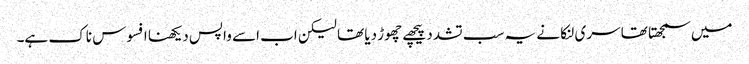
میں سمجھتا تھا سری لنکا نے یہ سب تشدد پیچھے چھوڑ دیا تھا لیکن اب اسے واپس دیکھنا افسوس ناک ہے۔